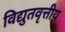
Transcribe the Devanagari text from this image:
विद्युतवृत्तीय